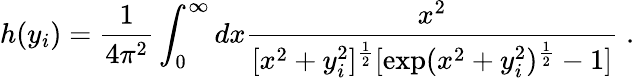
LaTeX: h(y_{i})=\frac{1}{4\pi^{2}}\int_{0}^{\infty}dx\frac{x^{2}}{[x^{2}+y_{i}^{2}]^{\frac{1}{2}}[\exp(x^{2}+y_{i}^{2})^{\frac{1}{2}}-1]}\; .